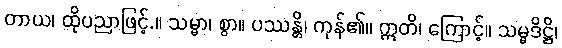
တာယ၊ ထိုပညာဖြင့်.။ သမ္မာ၊ စွာ။ ပဿန္တိ၊ ကုန်၏။ ဣတိ၊ ကြောင့်။ သမ္မဒိဋ္ဌိ၊